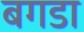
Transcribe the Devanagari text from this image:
बगडा